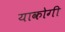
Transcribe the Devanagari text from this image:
याकोगी